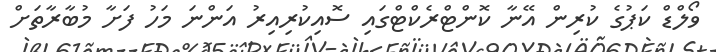
ވޯލްޑް ކަޕުގެ ކުރިން އޭނާ ކޮންޓްރެކްޓްގައި ސޮއިކުރިއިރު އަންނަ މަހު ފަށާ މުބާރާތަށް